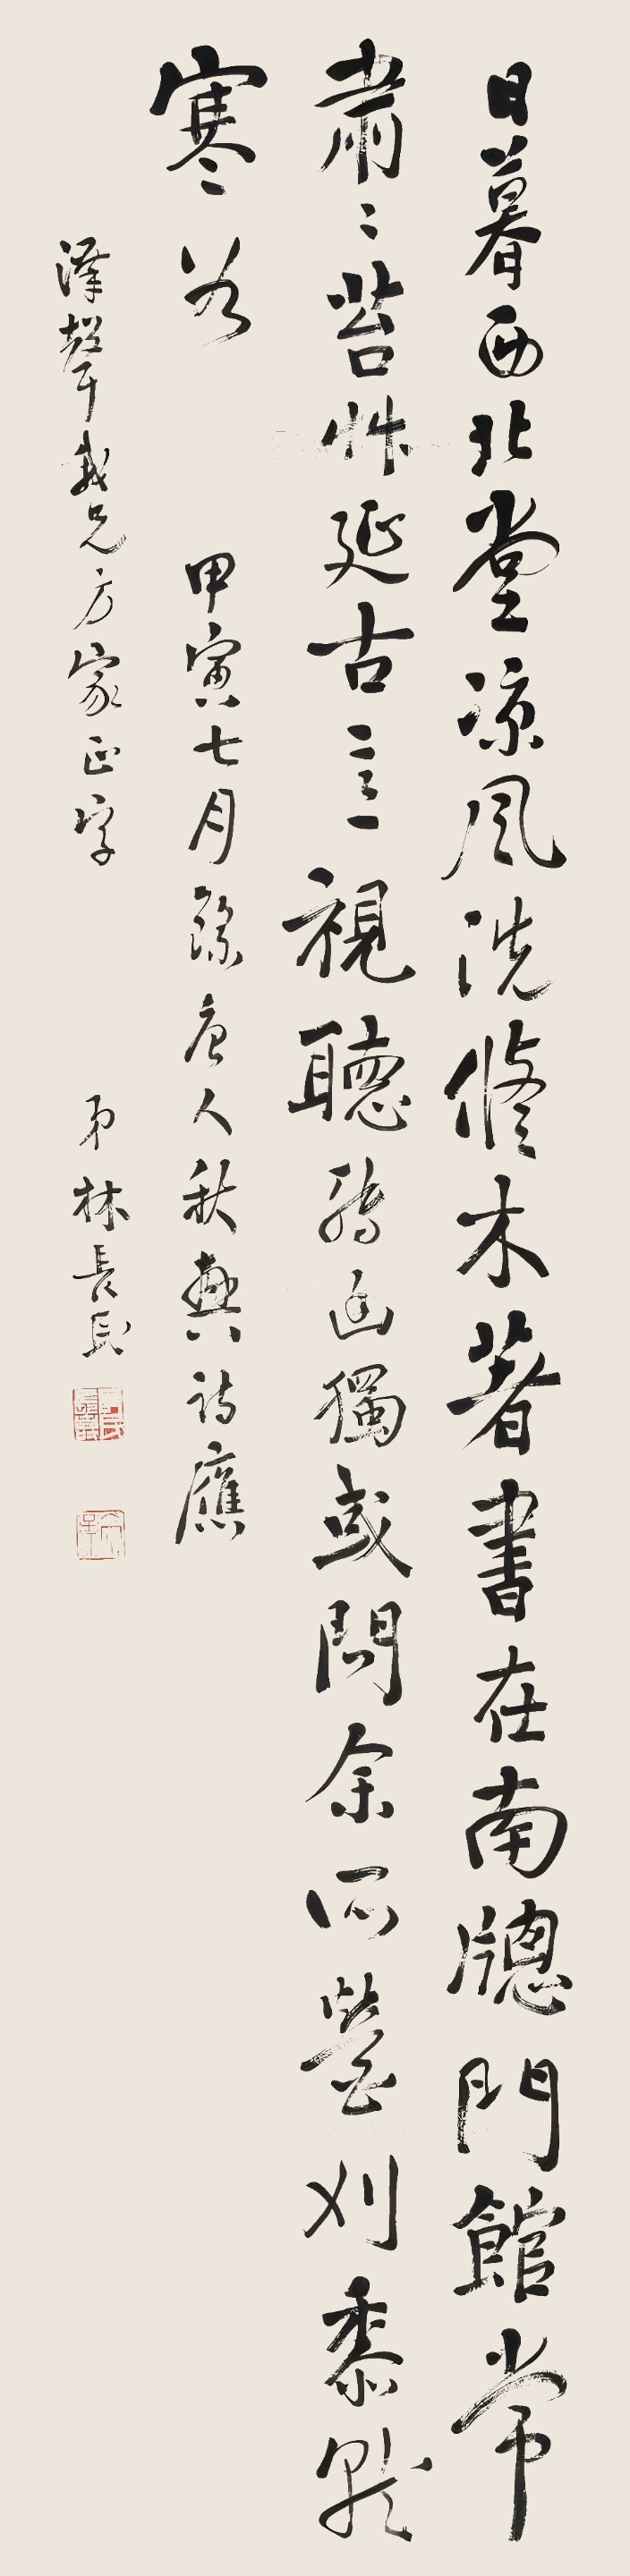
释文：日暮西北堂，凉风洗修木。着书在南窗，门馆常肃肃。苔草延古意，视听转幽独。或间余所营，刈黍就寒谷。甲寅七月录唐人秋兴诗，应泽声我兄方家正字，弟林长民。